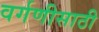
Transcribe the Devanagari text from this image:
वर्गणीसाठी